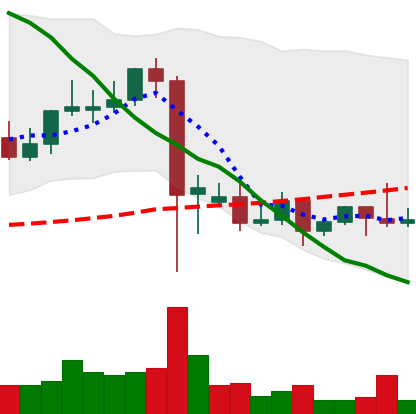
Ticker: DOGE-USD
Chart end date: 2021-09-18
Forward return: -6.858%
Label: down_5_7